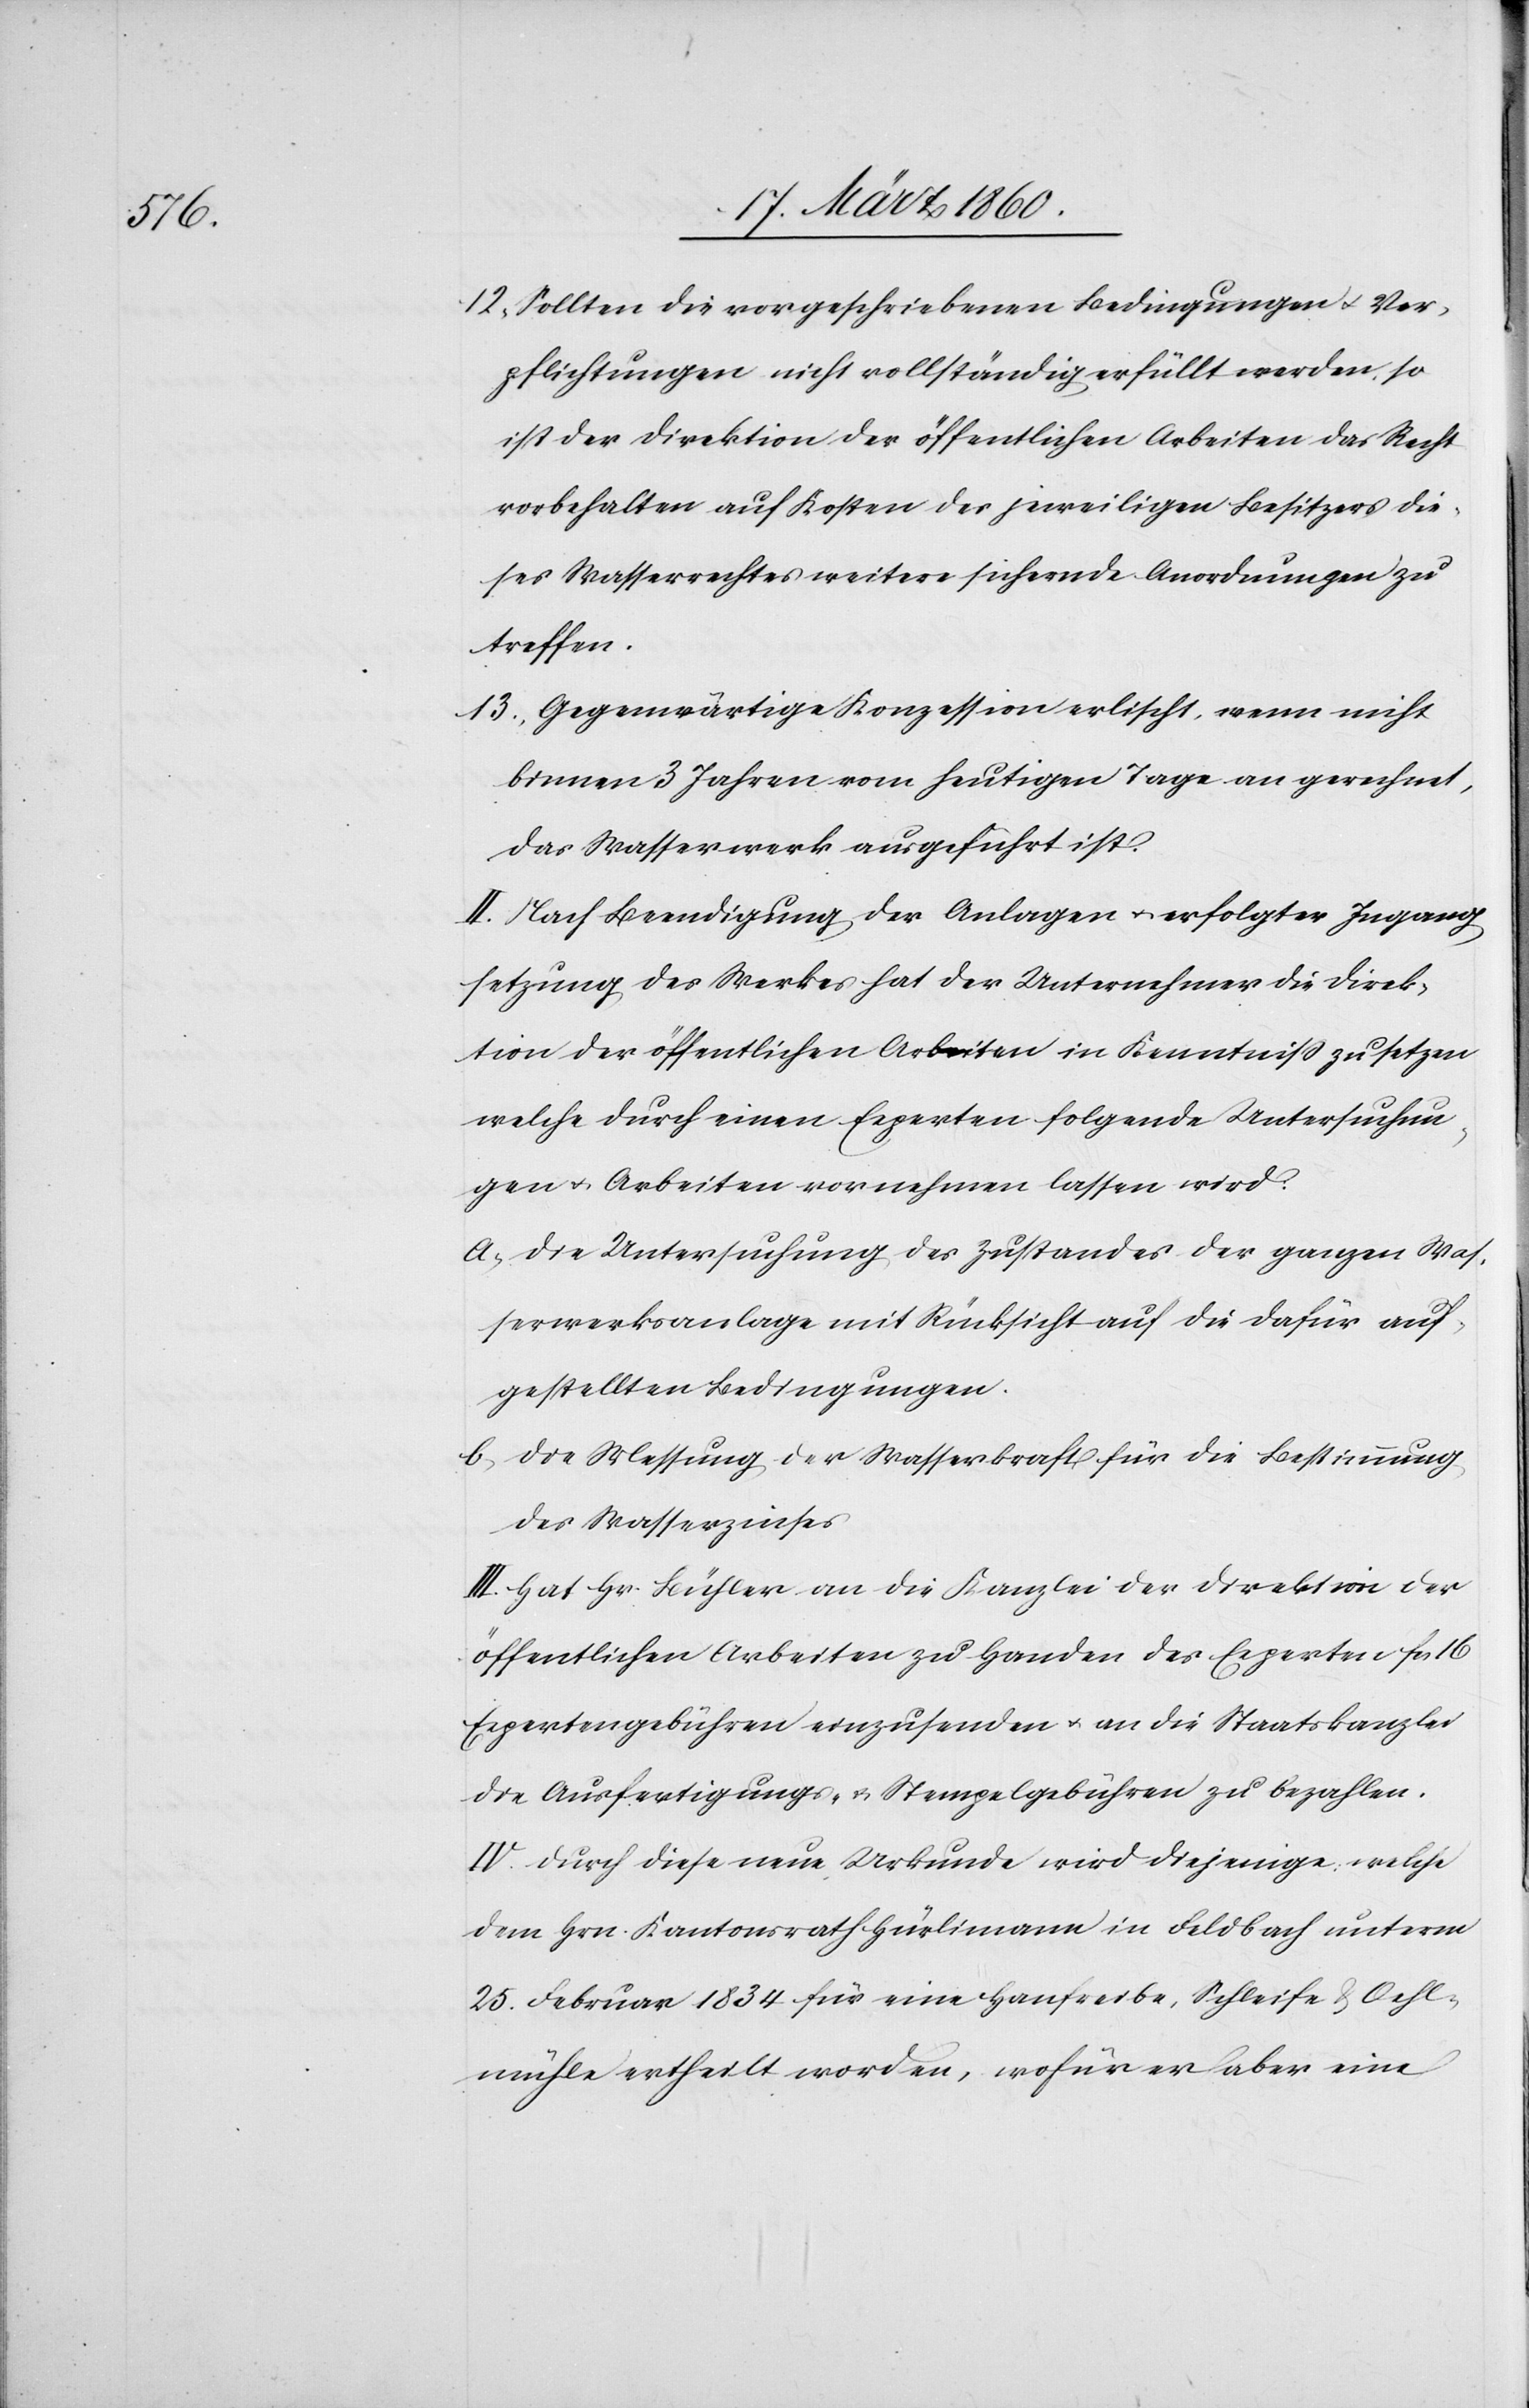
12. Sollten die vorgeschriebenen Bedingungen u. Ver¬
pflichtungen nicht vollständig erfüllt werden, so
ist der Direktion der öffentlichen Arbeiten das Recht
vorbehalten auf Kosten des jeweiligen Besitzers die¬
ses Wasserrechtes weitere sichernde Anordnungen zu
treffen.
13. Gegenwärtige Konzession erlischt, wenn nicht
binnen 3 Jahren vom heutigen Tage an gerechnet,
das Wasserwerk ausgeführt ist.
II. Nach Beendigung der Anlagen u. erfolgter Ingang¬
setzung des Werkes hat der Unternehmer die Direk¬
tion der öffentlichen Arbeiten in Kenntniß zu setzen
welche durch einen Experten folgende Untersuchun¬
gen u. Arbeiten vornehmen lassen wird:
a. Die Untersuchung des Zustandes der ganzen Was¬
serwerksanlage mit Rücksicht auf die dafür auf¬
gestellten Bedingungen.
b. Die Messung der Wasserkraft für die Bestimmung
des Wasserzinses.
III. Hat Hr. Bühler an die Kanzlei der Direktion der
öffentlichen Arbeiten zu Handen des Experten fcs.
Expertengebühren einzusenden u. an die Staatskanzlei
die Ausfertigungs- u. Stempelgebühren zu bezahlen.
IV. Durch diese neue Urkunde wird diejenige, welche
dem Hrn. Kantonsrath Hürlimann in Feldbach unterm
25. Februar 1834 für eine Hanfreibe, Schleife u. Oehl¬
mühle ertheilt worden, wofür er aber eine